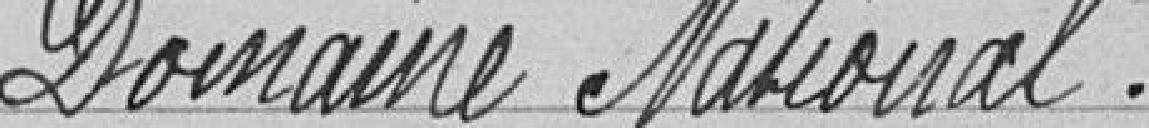
Domaine National.